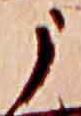
う